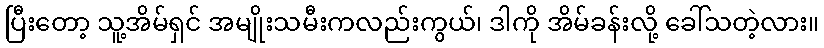
ပြီးတော့ သူ့အိမ်ရှင် အမျိုးသမီးကလည်းကွယ်၊ ဒါကို အိမ်ခန်းလို့ ခေါ်သတဲ့လား။